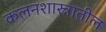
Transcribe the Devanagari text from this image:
कलनशास्त्रातील